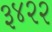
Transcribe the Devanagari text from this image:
३४२२